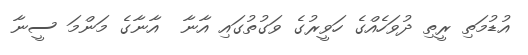
އުޑުމަތި ރީތި ދުވަހެއްގެ ހަވީރުގެ ވަގުތުގައި އާނާ  އާނާގެ މަންމަ ސީނާ